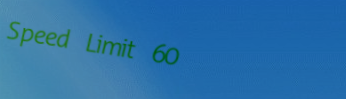
Speed Limit 60